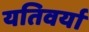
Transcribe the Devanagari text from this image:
यतिवर्या